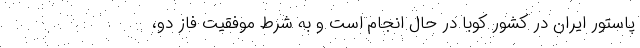
پاستور ایران در کشور کوبا در حال انجام است و به شرط موفقیت فاز دو،